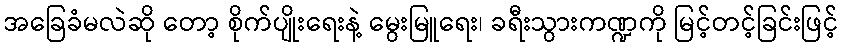
အခြေခံမလဲဆို တော့ စိုက်ပျိုးရေးနဲ့ မွေးမြူရေး၊ ခရီးသွားကဏ္ဍကို မြင့်တင့်ခြင်းဖြင့်